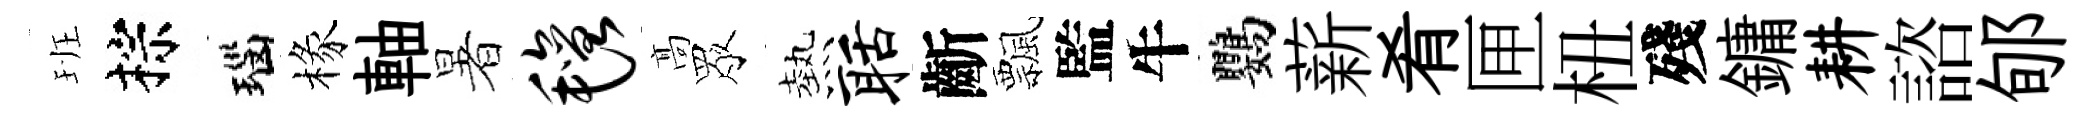
班棕瑙椽軸暑毡髙眾熱聒齗飄監牛鸚薪肴匣杻殘鏞耕諮郇